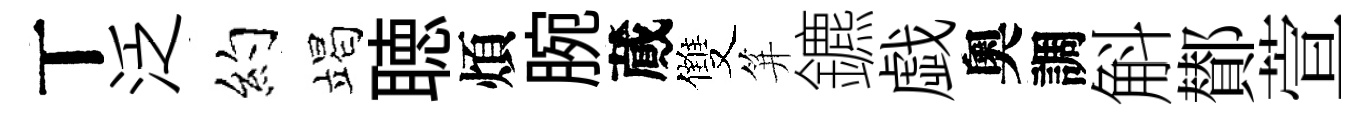
丅泛约竭聴煩腕蕆雙笄鑣戯奧調斛鄼萱